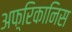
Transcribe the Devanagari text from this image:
अफ़्रिकानिस